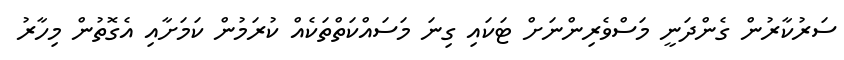
ސަރުކާރުން ގެންދަނީ މަސްވެރިންނަށް ޓަކައި ގިނަ މަސައްކަތްތަކެއް ކުރަމުން ކަމަށާއި އެގޮތުން މިހާރު